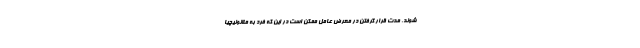
شوند. مدت قرار گرفتن در معرض عامل ممکن است در این که فرد به ملانونیچیا